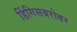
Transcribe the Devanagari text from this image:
हिंगिसबरोबर